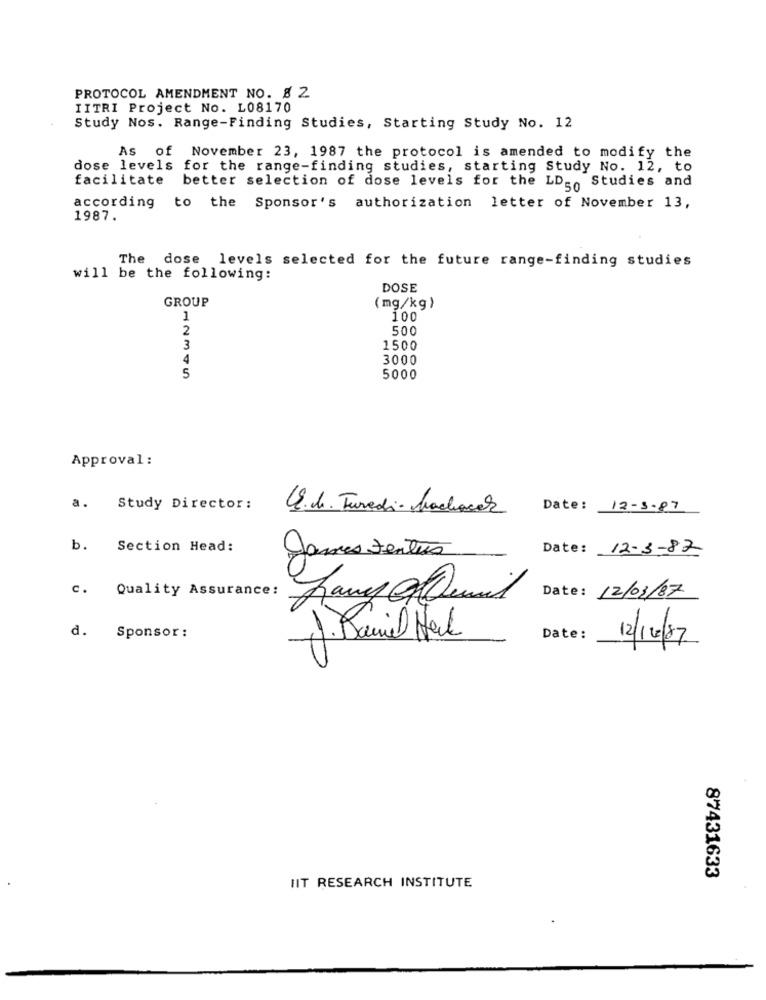
PROTOCOL AMENDMENT NO. 8 2
IITRI Project No. L08170
Study Nos. Range-Finding Studies, Starting Study No. 12
As of November 23, 1987 the protocol is amended to modify the
dose levels for the range-finding studies, starting Study No. 12, to
facilitate better selection of dose levels for the LD _, Studies and
according to the Sponsor's authorization letter of November 13,
1987.
The dose levels selected for the future range-finding studies
will be the following:
DOSE
GROUP
(mg/kg)
1
100
2
500
3
1500
3000
5
5000
Approval :
a. Study Director:
Q.b. Turedi- bachacer
Date: 12-3-87
b.
Section Head:
Date: 12-3-82
James ventus
c.
Quality Assurance:
fany@email
Date : 12/03/87
d.
Sponsor :
J. Daniel Heck
Date:
12/12/87
87431633
IIT RESEARCH INSTITUTE